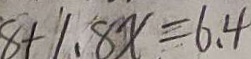
8 + 1 . 8 x = 6 . 4